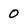
Character: 0